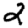
Digit: 2